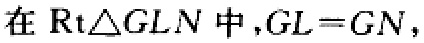
在$\text{Rt}\triangle GLN$中,$GL = GN$,